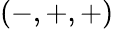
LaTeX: (-,+,+)